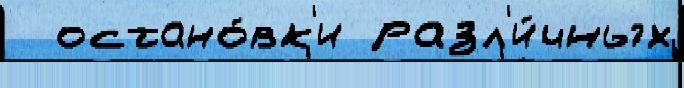
  остано́вк'и разл'и́чных